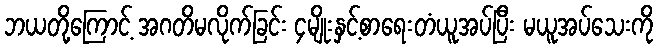
ဘယတို့ကြောင့် အဂတိမလိုက်ခြင်း ၄မျိုးနှင့်စာရေးတံယူအပ်ပြီး မယူအပ်သေးကို